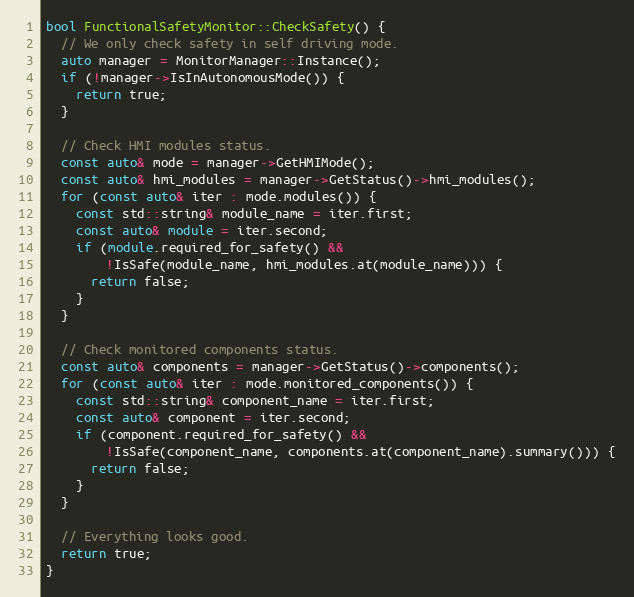
Language: C++
bool FunctionalSafetyMonitor::CheckSafety() {
  // We only check safety in self driving mode.
  auto manager = MonitorManager::Instance();
  if (!manager->IsInAutonomousMode()) {
    return true;
  }

  // Check HMI modules status.
  const auto& mode = manager->GetHMIMode();
  const auto& hmi_modules = manager->GetStatus()->hmi_modules();
  for (const auto& iter : mode.modules()) {
    const std::string& module_name = iter.first;
    const auto& module = iter.second;
    if (module.required_for_safety() &&
        !IsSafe(module_name, hmi_modules.at(module_name))) {
      return false;
    }
  }

  // Check monitored components status.
  const auto& components = manager->GetStatus()->components();
  for (const auto& iter : mode.monitored_components()) {
    const std::string& component_name = iter.first;
    const auto& component = iter.second;
    if (component.required_for_safety() &&
        !IsSafe(component_name, components.at(component_name).summary())) {
      return false;
    }
  }

  // Everything looks good.
  return true;
}